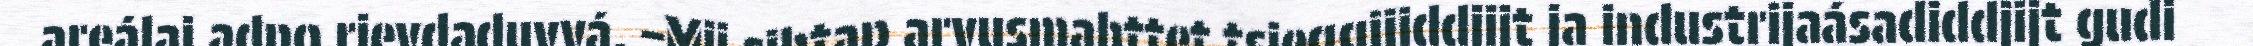
areálaj adno rievdaduvvá. –Mij sihtap arvusmahttet tsieggijiddjijt ja industrijaásadiddjijt gudi